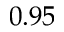
0 . 9 5